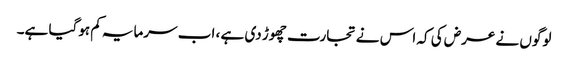
لوگوں نے عرض کی کہ اس نے تجارت چھوڑ دی ہے ، اب سرمایہ کم ہوگیا ہے۔